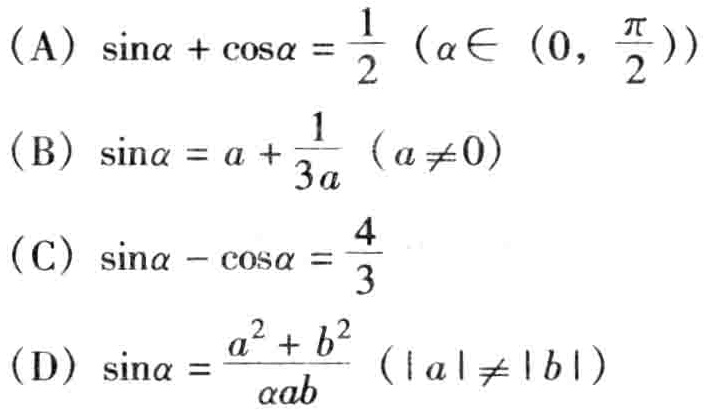
(A) \(\sin\alpha+\cos\alpha = \frac{1}{2}\ (\alpha\in(0,\frac{\pi}{2}))\)
(B) \(\sin\alpha = a+\frac{1}{3a}\ (a\neq0)\)
(C) \(\sin\alpha-\cos\alpha=\frac{4}{3}\)
(D) \(\sin\alpha=\frac{a^{2}+b^{2}}{2ab}\ (|a|\neq|b|)\)